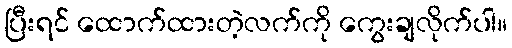
ပြီးရင် ထောက်ထားတဲ့လက်ကို ကွေးချလိုက်ပါ။